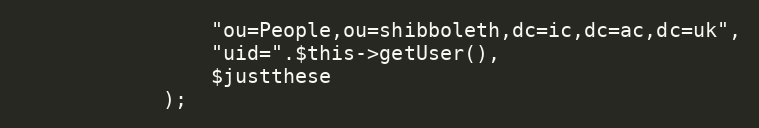
Language: PHP
                "ou=People,ou=shibboleth,dc=ic,dc=ac,dc=uk",
                "uid=".$this->getUser(),
                $justthese
            );